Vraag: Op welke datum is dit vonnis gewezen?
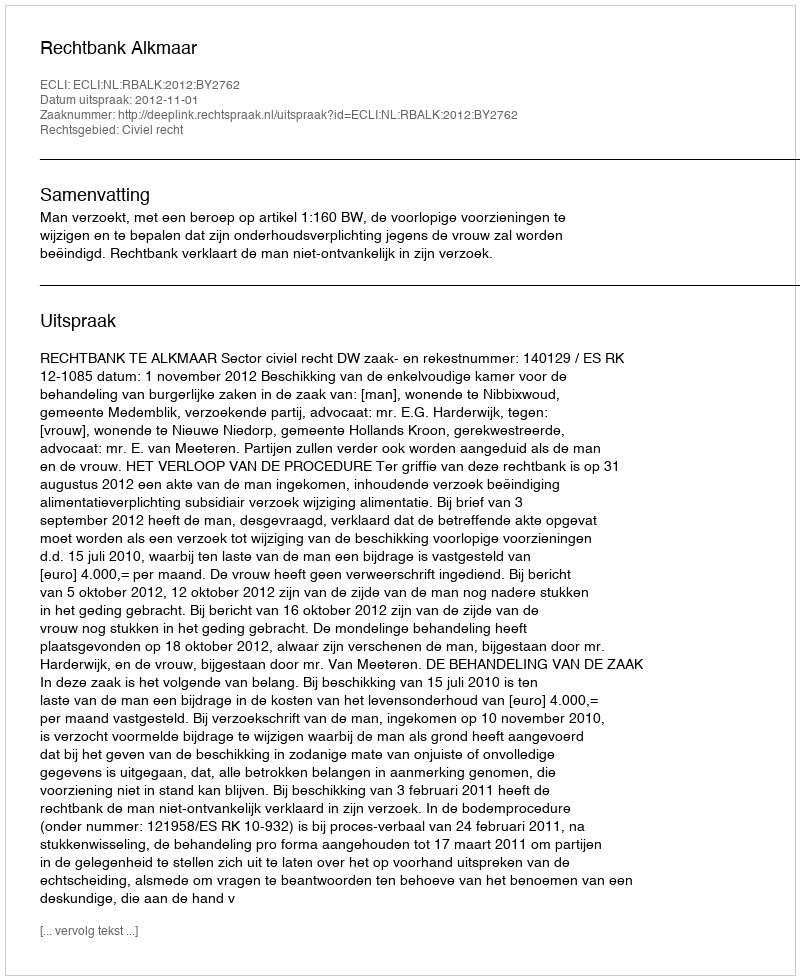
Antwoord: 2012-11-01